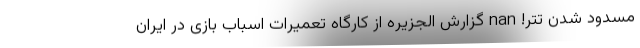
مسدود شدن تتر! nan گزارش الجزیره از کارگاه تعمیرات اسباب بازی در ایران